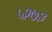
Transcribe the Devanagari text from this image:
५२७३